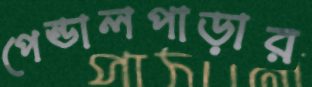
পেন্ডালপাড়ার